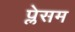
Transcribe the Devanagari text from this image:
प्लेसम